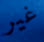
غير